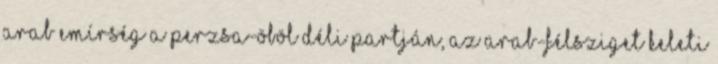
arab emírség a Perzsa-öböl déli partján, az Arab-félsziget keleti